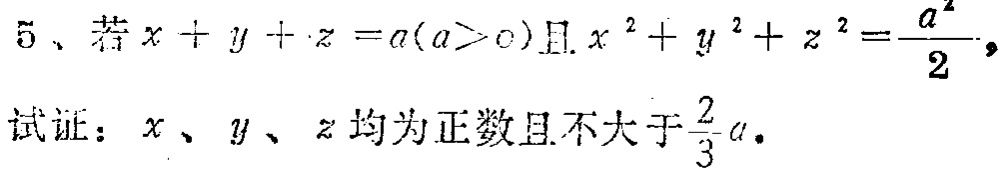
5、若\(x + y + z = a(a>0)\)且\(x^{2}+y^{2}+z^{2}=\frac{a^{2}}{2}\)，

试证：\(x\)、\(y\)、\(z\)均为正数且不大于\(\frac{2}{3}a\)。